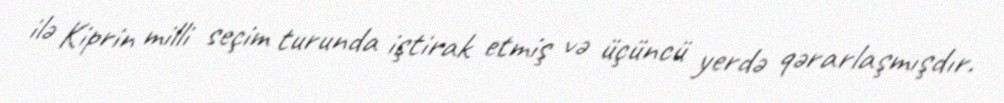
ilə Kiprin milli seçim turunda iştirak etmiş və üçüncü yerdə qərarlaşmışdır.